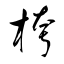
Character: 桍